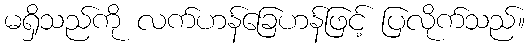
မရှိသည်ကို လက်ဟန်ခြေဟန်ဖြင့် ပြလိုက်သည်။